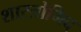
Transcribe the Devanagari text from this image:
शास्त्रोमिद